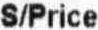
S/PRICE